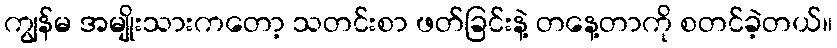
ကျွန်မ အမျိုးသားကတော့ သတင်းစာ ဖတ်ခြင်းနဲ့ တနေ့တာကို စတင်ခဲ့တယ်။